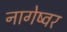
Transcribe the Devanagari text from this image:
नागेष्वर